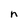
Character: n